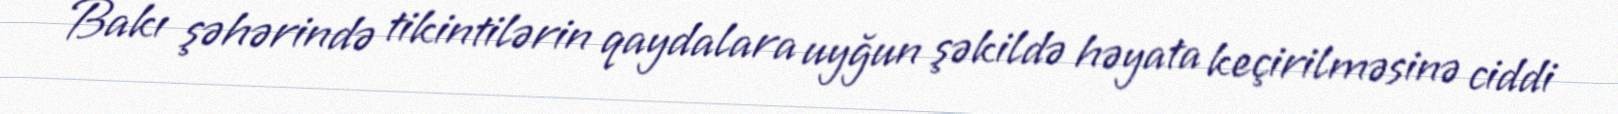
Bakı şəhərində tikintilərin qaydalara uyğun şəkildə həyata keçirilməsinə ciddi